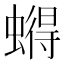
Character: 𮔹